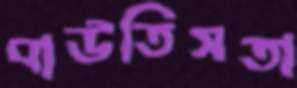
বাউতিসতা